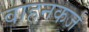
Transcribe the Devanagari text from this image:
वाहनकर्ज